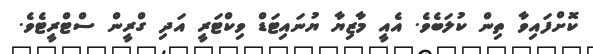
ކޮށްފައިވާ ތިން ކުލަބެވެ. އެއީ މާޒިޔާ ޔުނައިޓަޑް ވިކްޓަރީ އަދި ގްރީން ސްޓްރީޓެވެ.